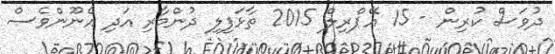
ދުވަސް ކުރިން - 15 އޭޕްރިލް 2015 ތާޅަފިލި ދުންމާރި އަދި އެނޫންވެސް